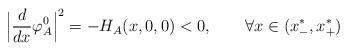
LaTeX: \begin{align*} \Big|\frac{d}{dx}\varphi_A^0\Big|^2=-H_A(x,0,0)<0,\qquad\forall x\in(x_-^*,x_+^*)\end{align*}